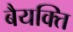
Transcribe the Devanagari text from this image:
बैयक्ति